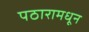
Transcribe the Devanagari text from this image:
पठारामधून